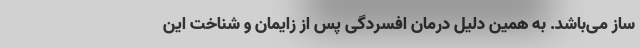
ساز می‌باشد. به همین دلیل درمان افسردگی پس از زایمان و شناخت این